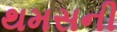
થમસની